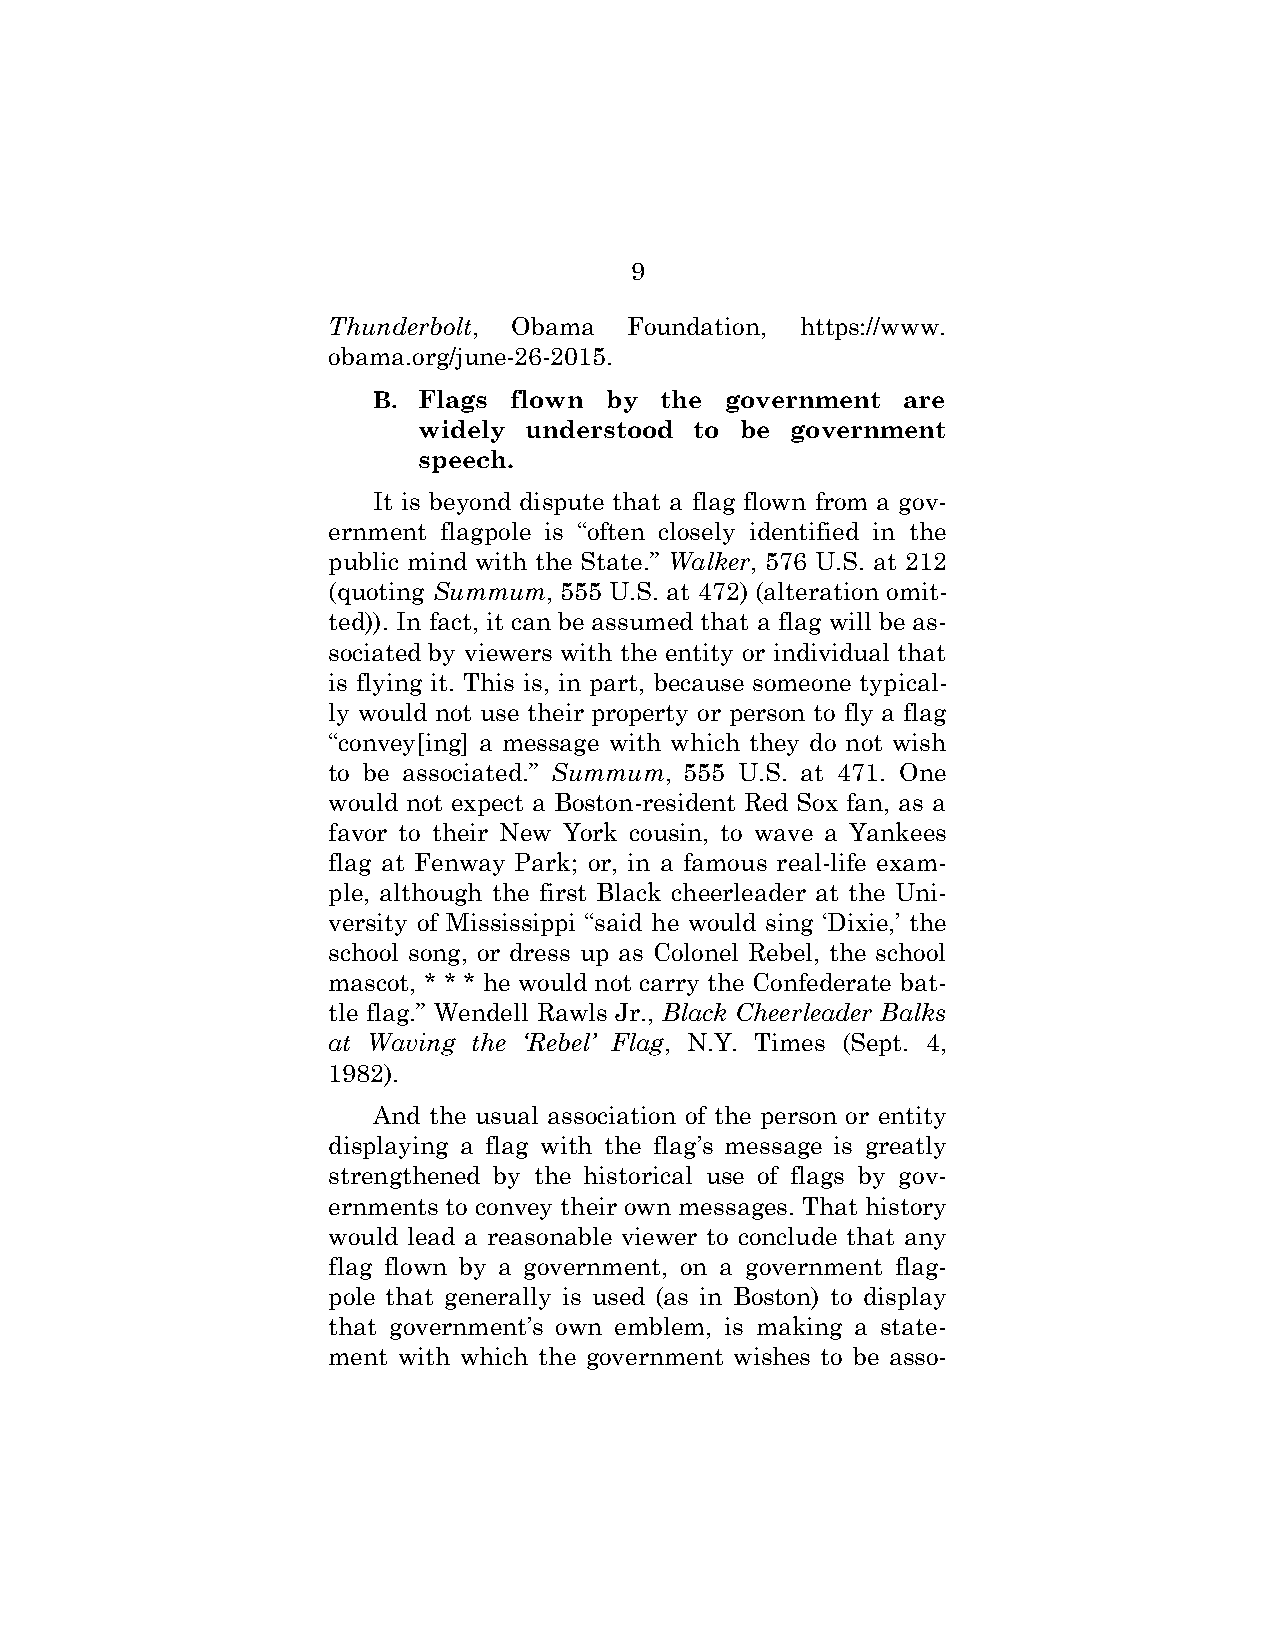
9
 Thunderbolt, Obama  Foundation, https://www.
 obama.org/june-26-2015.
 B. Flags flown by  the government  are
 widely understood to be government
 speech.
 It is beyond dispute that a flag flown from a gov-
 ernment flagpole is “often closely identified in the
 public mind with the State.” Walker, 576 U.S. at 212
 (quoting Summum, 555 U.S. at 472) (alteration omit-
 ted)). In fact, it can be assumed that a flag will be as-
 sociated by viewers with the entity or individual that
 is flying it. This is, in part, because someone typical-
 ly would not use their property or person to fly a flag
 “convey[ing] a message with which they do not wish
 to be associated.” Summum, 555 U.S. at 471. One
 would not expect a Boston-resident Red Sox fan, as a
 favor to their New York cousin, to wave a Yankees
 flag at Fenway Park; or, in a famous real-life exam-
 ple, although the first Black cheerleader at the Uni-
 versity of Mississippi “said he would sing ‘Dixie,’ the
 school song, or dress up as Colonel Rebel, the school
 mascot, * * * he would not carry the Confederate bat-
 tle flag.” Wendell Rawls Jr., Black Cheerleader Balks
 at Waving the ‘Rebel’ Flag, N.Y. Times (Sept. 4,
 1982).
 And the usual association of the person or entity
 displaying a flag with the flag’s message is greatly
 strengthened by the historical use of flags by gov-
 ernments to convey their own messages. That history
 would lead a reasonable viewer to conclude that any
 flag flown by a government, on a government flag-
 pole that generally is used (as in Boston) to display
 that government’s own emblem, is making a state-
 ment with which the government wishes to be asso-